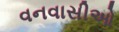
વનવાસીઓ